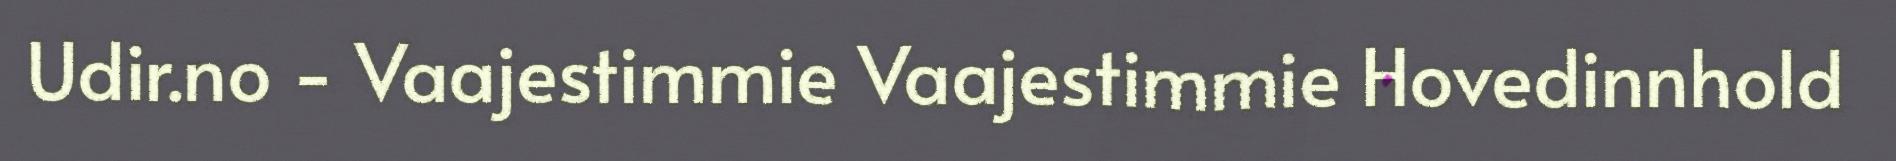
Udir.no - Vaajestimmie Vaajestimmie Hovedinnhold